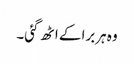
وہ ہربرا کے اٹھ گئی۔